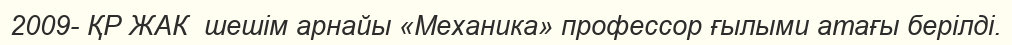
2009- ҚР ЖАК  шешім арнайы «Механика» профессор ғылыми атағы берілді.